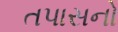
તપાસનો